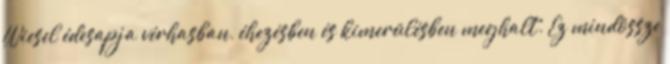
Wiesel édesapja vérhasban, éhezésben és kimerülésben meghalt. Ez mindössze